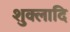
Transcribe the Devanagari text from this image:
शुक्लादि